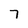
Character: 7